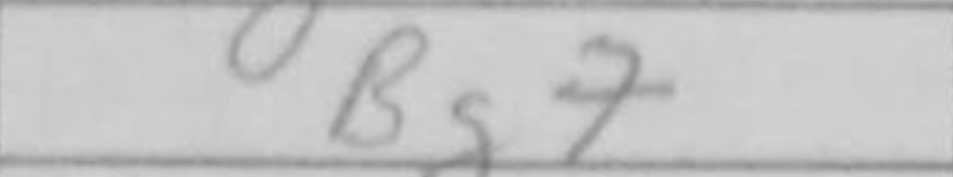
Transcription: Bg7